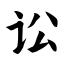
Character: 讼